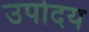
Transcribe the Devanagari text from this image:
उपोदय